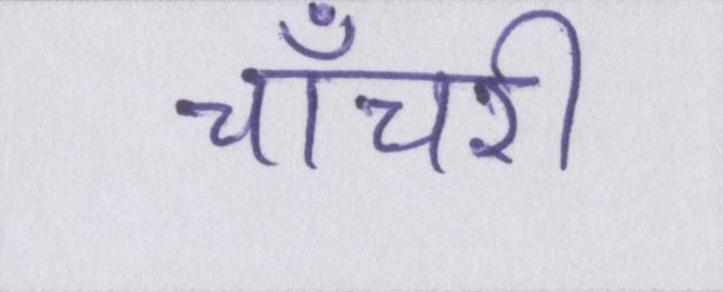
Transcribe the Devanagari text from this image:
चाँचरी